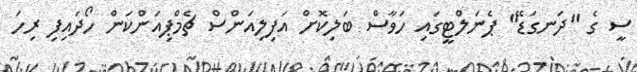
ސީ ގެ "ދަނގަޑޭ" ޕެނަލްޓީގައި ހަވާސް ބަލިކޮށް އަފިލިއަންސް ޗެމްޕިއަންކަން ހޯދައިފި ރިހަ